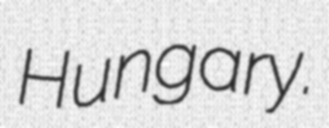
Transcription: Hungary.